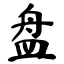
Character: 盘